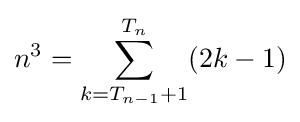
n^{3}=\sum _{k=T_{n-1}+1}^{T_{n}}(2k-1)